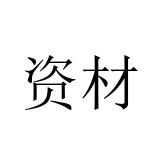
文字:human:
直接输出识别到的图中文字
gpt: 资材